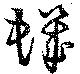
蟣